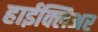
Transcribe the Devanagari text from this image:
हाईक्लिअर